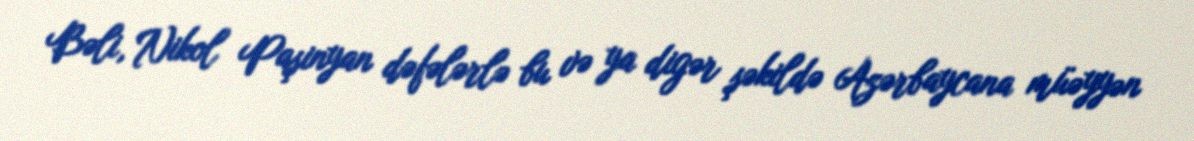
Bəli, Nikol Paşinyan dəfələrlə bu və ya digər şəkildə Azərbaycana müəyyən